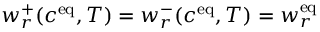
w _ { r } ^ { + } ( c ^ { \mathrm { { e q } } } , T ) = w _ { r } ^ { - } ( c ^ { \mathrm { { e q } } } , T ) = w _ { r } ^ { \mathrm { { e q } } }